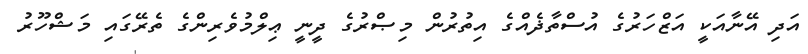
އަދި އޭނާއަކީ އަޒްހަރުގެ އުސްތާޛެއްގެ އިތުރުން މިޞްރުގެ ދީނީ ޢިލްމުވެރިންގެ ތެރޭގައި މަޝްހޫރު